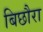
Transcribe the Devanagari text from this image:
बिछौरा